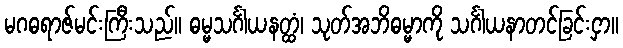
မဂဓရာဇ်မင်းကြီးသည်။ ဓမ္မသင်္ဂါယနတ္ထံ၊ သုတ်အဘိဓမ္မာကို သင်္ဂါယနာတင်ခြင်းငှာ။